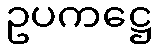
ဥပကဋ္ဌေ